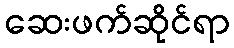
ဆေးဖက်ဆိုင်ရာ